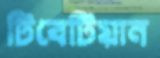
টিবেটিয়ান